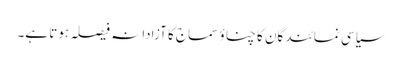
سیاسی نمائندگان کا چناؤ سماج کا آزادانہ فیصلہ ہوتا ہے۔